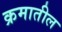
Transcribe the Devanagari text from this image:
क्रमातील